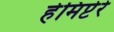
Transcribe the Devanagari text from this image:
हेमिप्टेरे